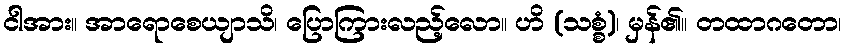
ငါအား။ အာရောစေယျာသိ၊ ပြောကြားလည့်လော။ ဟိ (သစ္စံ)၊ မှန်၏။ တထာဂတော၊